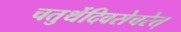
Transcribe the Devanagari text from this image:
चतुर्थेदिवसेचरेत्